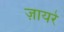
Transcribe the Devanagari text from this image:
ज़ायरे